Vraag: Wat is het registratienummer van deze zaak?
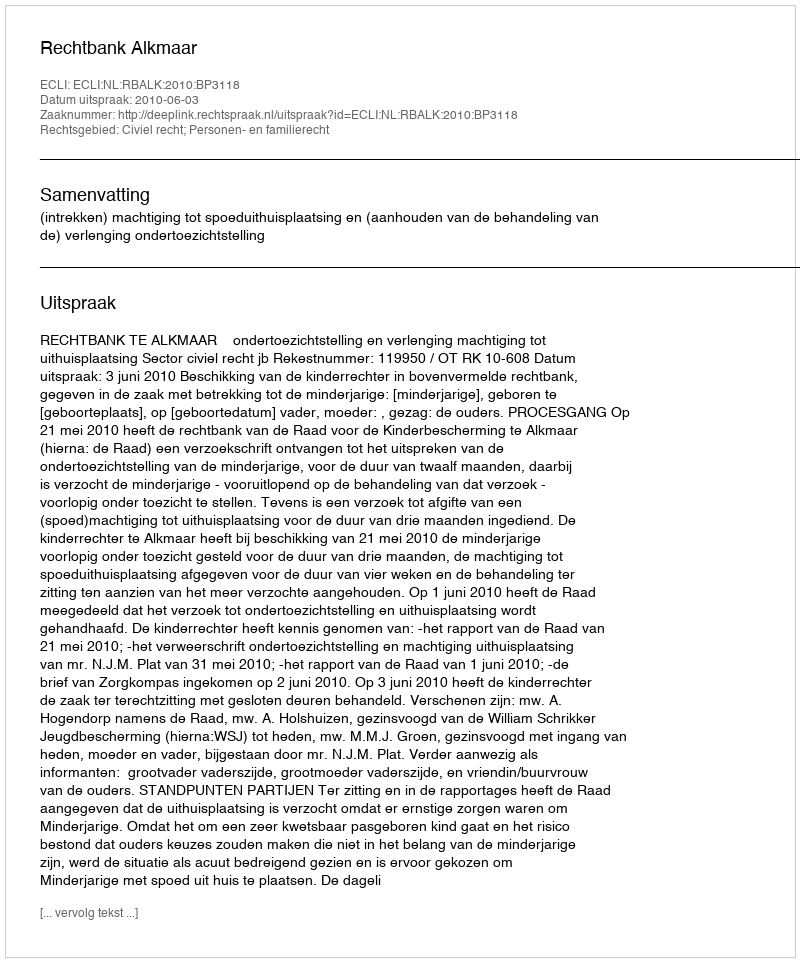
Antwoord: http://deeplink.rechtspraak.nl/uitspraak?id=ECLI:NL:RBALK:2010:BP3118